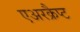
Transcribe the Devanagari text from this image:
एअरक्रैप्ट